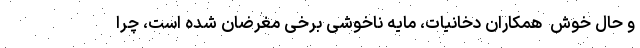
و حال خوش ِ همکاران دخانیات، مایه‌ ناخوشی برخی مغرضان شده است، چرا